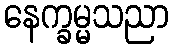
နေက္ခမ္မသညာ